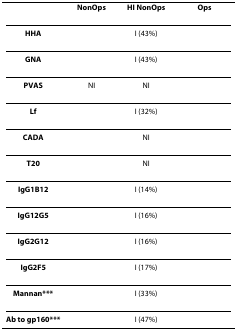
<table><thead><tr><td>[EMPTY_CELL]</td><td><b>NonOps</b></td><td><b>HI NonOps</b></td><td><b>Ops</b></td></tr></thead><tbody><tr><td><b>HHA</b></td><td>[EMPTY_CELL]</td><td>I (43%)</td><td>[EMPTY_CELL]</td></tr><tr><td><b>GNA</b></td><td>[EMPTY_CELL]</td><td>I (43%)</td><td>[EMPTY_CELL]</td></tr><tr><td><b>PVAS</b></td><td>NI</td><td>NI</td><td>[EMPTY_CELL]</td></tr><tr><td><b>Lf</b></td><td>[EMPTY_CELL]</td><td>I (32%)</td><td>[EMPTY_CELL]</td></tr><tr><td><b>CADA</b></td><td>[EMPTY_CELL]</td><td>NI</td><td>[EMPTY_CELL]</td></tr><tr><td><b>T20</b></td><td>[EMPTY_CELL]</td><td>NI</td><td>[EMPTY_CELL]</td></tr><tr><td><b>IgG1B12</b></td><td>[EMPTY_CELL]</td><td>I (14%)</td><td>[EMPTY_CELL]</td></tr><tr><td><b>IgG12G5</b></td><td>[EMPTY_CELL]</td><td>I (16%)</td><td>[EMPTY_CELL]</td></tr><tr><td><b>IgG2G12</b></td><td>[EMPTY_CELL]</td><td>I (16%)</td><td>[EMPTY_CELL]</td></tr><tr><td><b>IgG2F5</b></td><td>[EMPTY_CELL]</td><td>I (17%)</td><td>[EMPTY_CELL]</td></tr><tr><td><b>Mannan***</b></td><td>[EMPTY_CELL]</td><td>I (33%)</td><td>[EMPTY_CELL]</td></tr><tr><td><b>Ab to gp160***</b></td><td>[EMPTY_CELL]</td><td>I (47%)</td><td>[EMPTY_CELL]</td></tr></tbody></table>